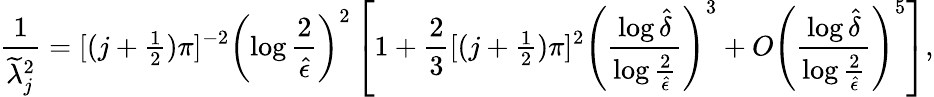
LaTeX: {\frac{1}{\widetilde\lambda_{j}^{2}}}=[(j+{\textstyle{\frac{1}{2}}})\pi]^{-2}\left(\log{\frac{2}{\hat{\epsilon}}}\right)^{2}\left[1+{\frac{2}{3}}[(j+{\textstyle{\frac{1}{2}}})\pi]^{2}\left({\frac{\log\hat{\delta}}{\log{\frac{2}{\hat{\epsilon}}}}}\right)^{3}+O\left({\frac{\log\hat{\delta}}{\log{\frac{2}{\hat{\epsilon}}}}}\right)^{5}\right],